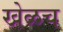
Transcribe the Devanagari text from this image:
खेळच